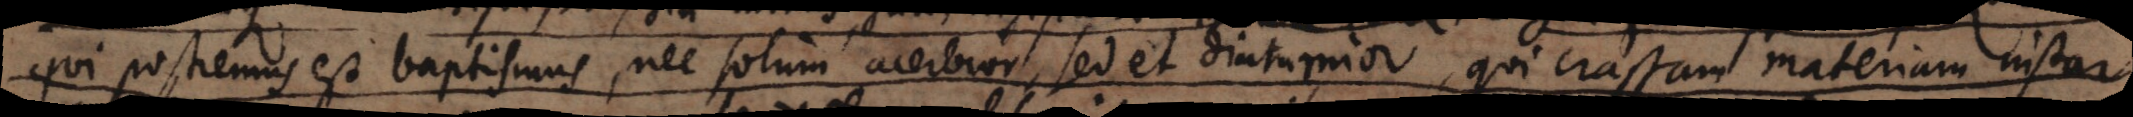
qui postremus est baptismus, nec solum acerbior, sed et diuturnior, qui crassam materiam insta